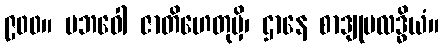
၉၀၀။ ပဘဝေါ ဇာတိဟေတုမှိ၊ ဌာနေ စာဒျုပလဒ္ဓိယံ။